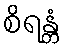
စိရန္တံ